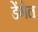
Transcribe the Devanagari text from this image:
डेंगेल